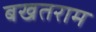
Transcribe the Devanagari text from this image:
बखतराम